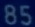
85